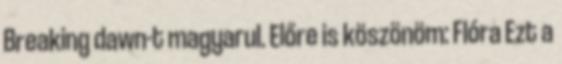
Breaking dawn-t magyarul. Előre is köszönöm: Flóra Ezt a